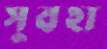
সুবহা